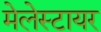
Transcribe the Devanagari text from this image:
मेलेस्टायर